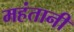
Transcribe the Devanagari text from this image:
महंतानी